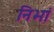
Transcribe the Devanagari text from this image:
निभां